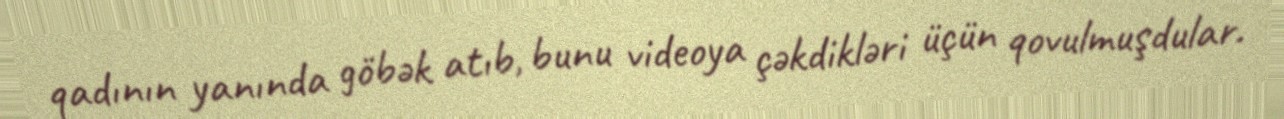
qadının yanında göbək atıb, bunu videoya çəkdikləri üçün qovulmuşdular.